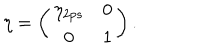
LaTeX: \eta = \left( \begin{array} { c c } { { \eta _ { 2 p s } } } & { { 0 } } \\ { { 0 } } & { { 1 } } \\ \end{array} \right) .